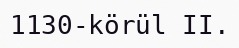
1130-körül II.